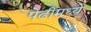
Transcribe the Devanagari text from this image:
पेढीमध्ये